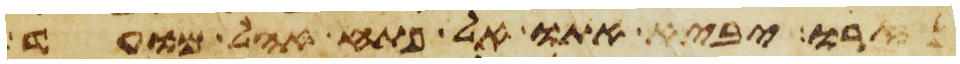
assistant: נזרו יביא אתו אל פתח אהל מועד